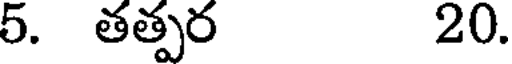
5. తత్పర 20.